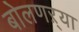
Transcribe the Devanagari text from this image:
बोलणऱ्या